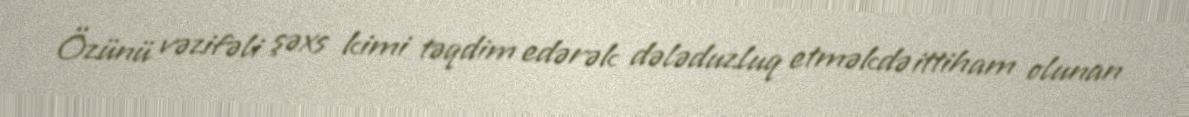
Özünü vəzifəli şəxs kimi təqdim edərək dələduzluq etməkdə ittiham olunan